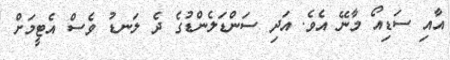
އާއި ސަޑިއޯ މާނޭ އެވެ. އަދި ސަންޑަލެންޑުގެ ދެ ލަނޑު ވެސް އެޓީމަށް